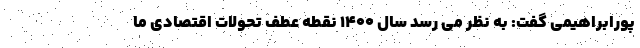
پورابراهیمی گفت: به نظر می رسد سال ۱۴۰۰ نقطه عطف تحولات اقتصادی ما